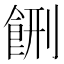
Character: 𱃥